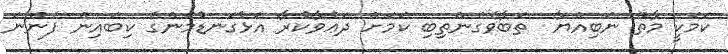
ކަމަކީ މާތް ނަބިއްޔާ  ތަބާވެގެންތިބި ކަމަށް ދަޢުވާކުރާ އަޅުގަނޑުމެންގެ ކިބައިން ފެންނަ